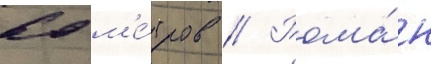
60 м'е́тров // Рома́н